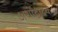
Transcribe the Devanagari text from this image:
अर्थोद्घाटक